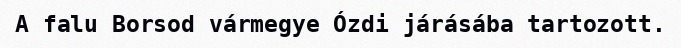
A falu Borsod vármegye Ózdi járásába tartozott.